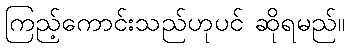
ကြည့်ကောင်းသည်ဟုပင် ဆိုရမည်။